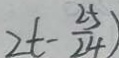
2 t - \frac { 2 5 } { 2 4 } )